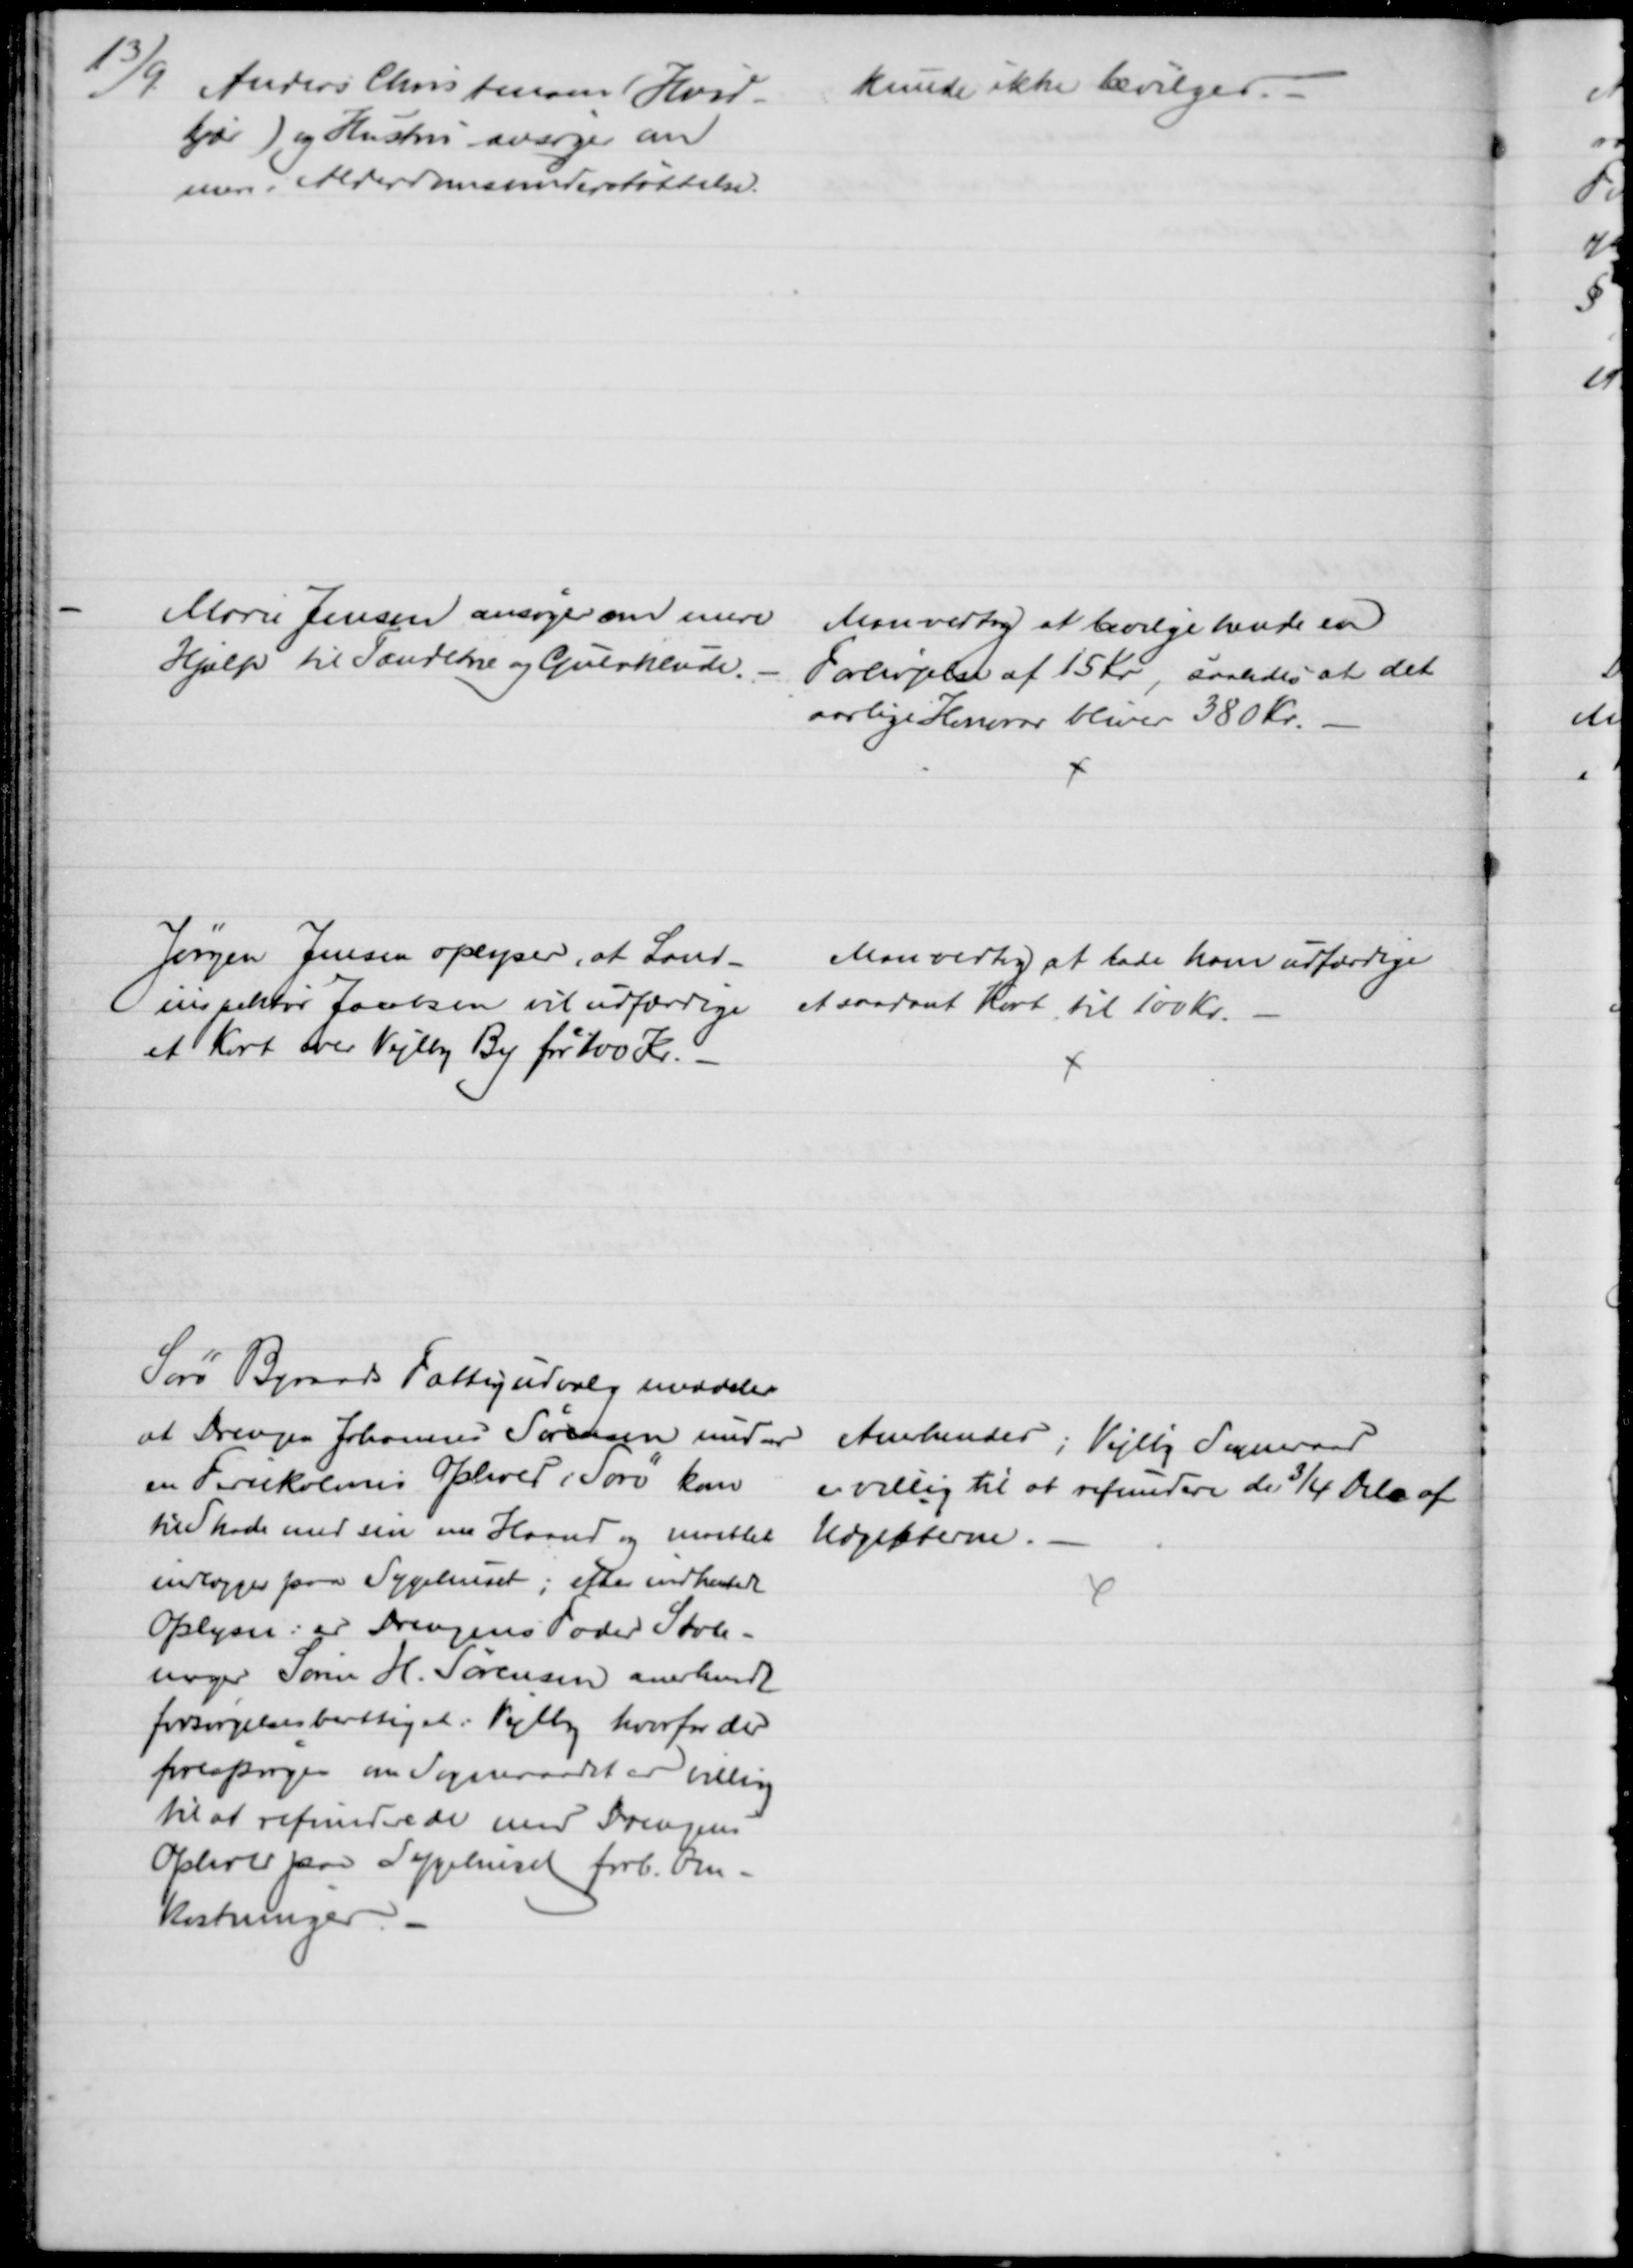
Transskription:
13/9 
Anders Christensen (Hvid-
kjær) og Hustru ansøger om
mere i Alderdomsunderstøttelse.
kunde ikke bevilges.
Marie Jensen ansøger om mere
Hjælp til Tænderne og Gulvklude.
Man vedtog at bevilge hende en
Forhøjelse af 15 Kr, saaledes at det
aarlige Honorar bliver 380 Kr.
Jørgen Jensen oplyser, at Land-
inspektør Jacobsen vil udfærdige
et Kort over Vejlby By for 100 Kr. 
Man vedtog at lade ham udfærdige
et saadant Kort til 100 Kr.
Sorø Byraads Fattigudvalg meddeler
at Drengen Johannes Sørensen under
en Feriekolonis Ophold i Sorø kom
til Skade med sin ene Haand og maattet
indlægges paa Sygehuset; efter indhentet
Oplysn: er Drengens Fader Støvle-
mager Søren H. Sørensen anerkendt
forsørgelsesberettiget i Vejlby hvorfor der 
forespørges om Sogneraadet er villig
til at refundere de med Drengens
Ophold paa Sygehuset forb. Om-
kostninger. 
Anerkendes; Vejlby Sogneraad
er villig til at refundere de 3/4 Dele af 
Udgifterne.